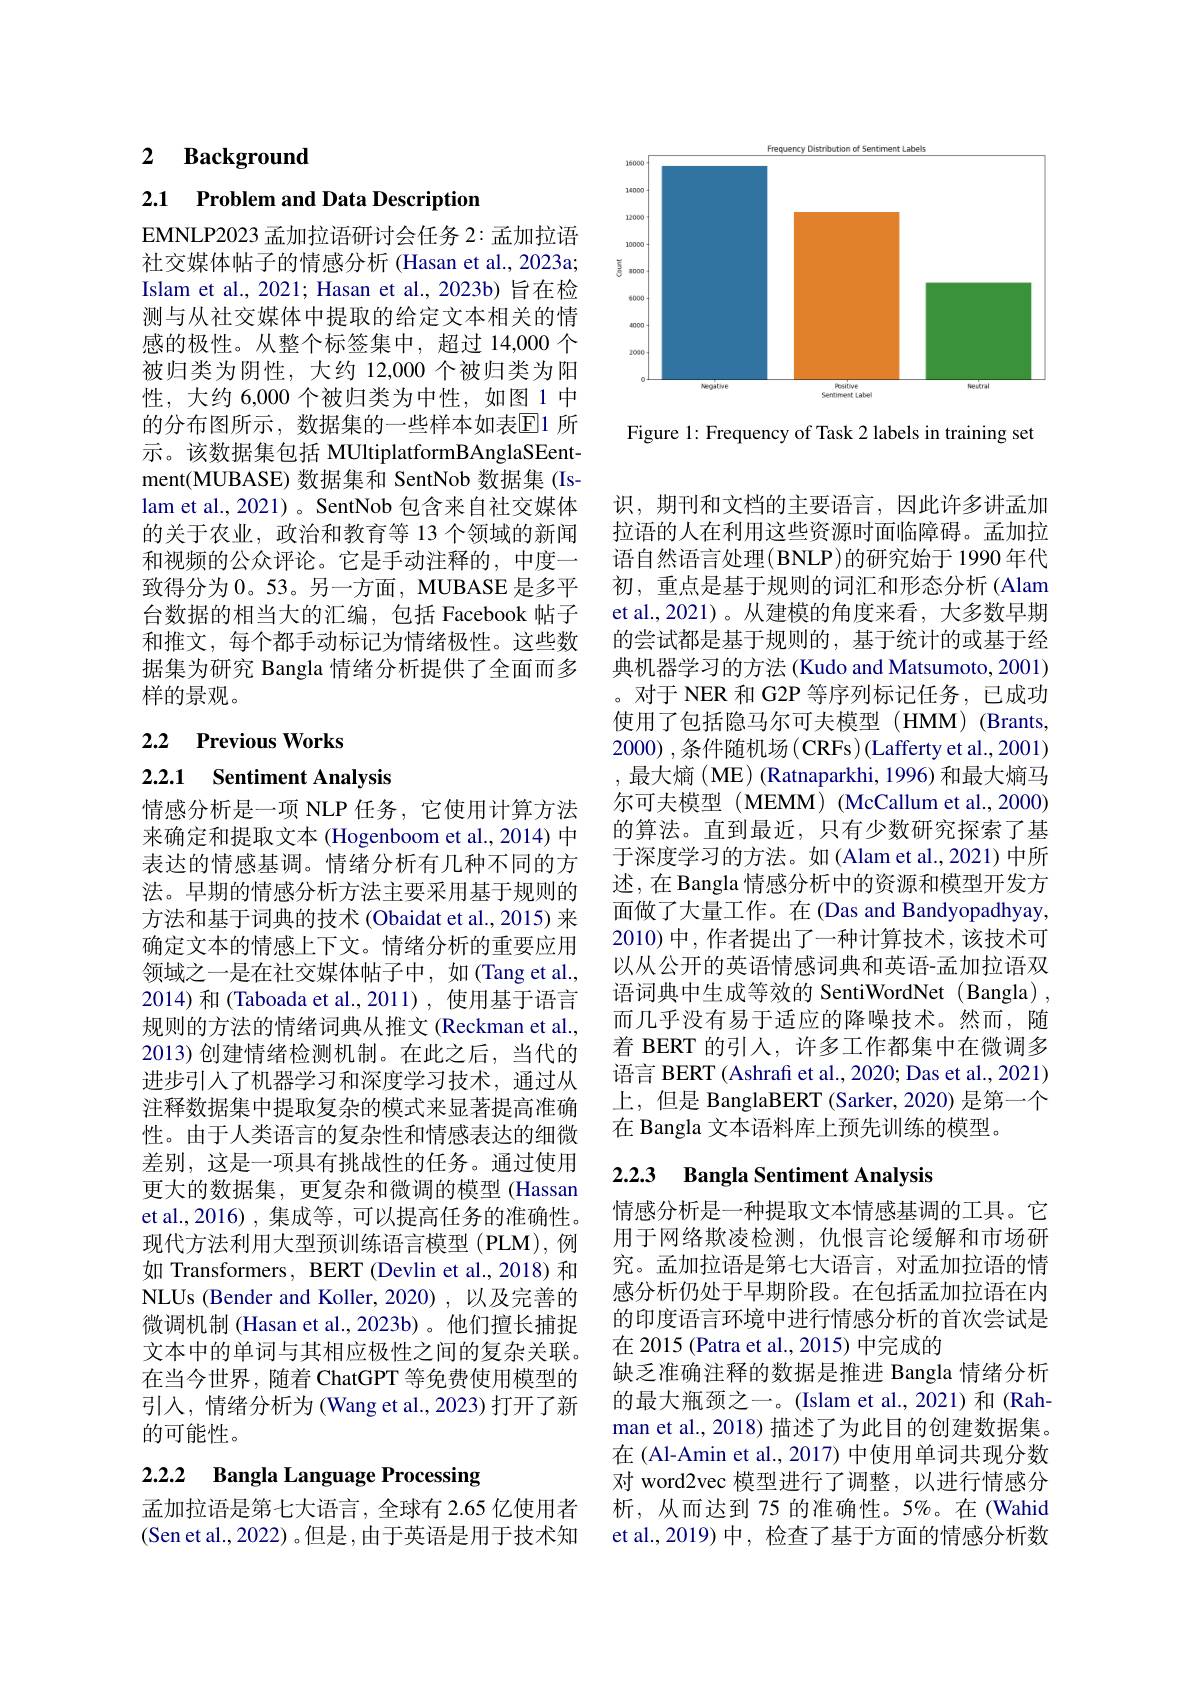
# 2 Background

2.1 Problem and Data Description

EMNLP2023 孟加拉语研讨会任务 2: 孟加拉语社交媒体帖子的情感分析 (Hasan et al., 2023a; Islam et al., 2021; Hasan et al., 2023b) 旨在检测与从社交媒体中提取的给定文本相关的情感的极性。从整个标签集中，超过 14,000 个被归类为阴性，大约 12,000 个被归类为阳性，大约 6,000 个被归类为中性，如图 1 中的分布图所示，数据集的一些样本如表$\mathbb{E}$1 所示。该数据集包括 MUltiplatformBAnglaSEentment(MUBASE) 数据集和 SentNob 数据集 (Islam et al., 2021) 。SentNob 包含来自社交媒体的关于农业，政治和教育等 13 个领域的新闻和视频的公众评论。它是手动注释的，中度一致得分为0。53。另一方面，MUBASE 是多平台数据的相当大的汇编，包括 Facebook 帖子和推文，每个都手动标记为情绪极性。这些数据集为研究 Bangla 情绪分析提供了全面而多样的景观。

2.2 Previous Works

# 2.2.1 Sentiment Analysis

情感分析是一项 NLP 任务，它使用计算方法来确定和提取文本 (Hogenboom et al., 2014) 中表达的情感基调。情绪分析有几种不同的方法。早期的情感分析方法主要采用基于规则的方法和基于词典的技术 (Obaidat et al., 2015) 来确定文本的情感上下文。情绪分析的重要应用领域之一是在社交媒体帖子中，如(Tang et al., 2014)和(Taboada et al.,2011),使用基于语言规则的方法的情绪词典从推文 (Reckman et al., 2013)创建情绪检测机制。在此之后，当代的进步引入了机器学习和深度学习技术，通过从注释数据集中提取复杂的模式来显著提高准确性。由于人类语言的复杂性和情感表达的细微差别，这是一项具有挑战性的任务。通过使用更大的数据集，更复杂和微调的模型 (Hassan et al.,2016),集成等，可以提高任务的准确性。现代方法利用大型预训练语言模型(PLM),例如 Transformers, BERT (Devlin et al., 2018) 和NLUs (Bender and Koller, 2020) ,以及完善的微调机制(Hasan et al.,2023b)。他们擅长捕捉文本中的单词与其相应极性之间的复杂关联。在当今世界，随着 ChatGPT 等免费使用模型的引入，情绪分析为(Wang et al.,2023)打开了新的可能性。

# 2.2.2 Bangla Language Processing

孟加拉语是第七大语言，全球有 2.65 亿使用者(Sen et al., 2022)。但是，由于英语是用于技术知

<FigureHere>

Figure 1: Frequency of Task 2 labels in training set

识，期刊和文档的主要语言，因此许多讲孟加拉语的人在利用这些资源时面临障碍。孟加拉语自然语言处理(BNLP)的研究始于 1990 年代初，重点是基于规则的词汇和形态分析 (Alam et al.,2021)。从建模的角度来看，大多数早期的尝试都是基于规则的，基于统计的或基于经典机器学习的方法 (Kudo and Matsumoto, 2001) 。对于 NER 和 G2P 等序列标记任务，已成功使用了包括隐马尔可夫模型(HMM)(Brants, 2000),条件随机场$\left(\mathrm{CRFs}\right)($Lafferty et al.,2001) ,最大熵 (ME) (Ratnaparkhi, 1996) 和最大熵马尔可夫模型(MEMM)(McCallum et al.,2000) 的算法。直到最近，只有少数研究探索了基于深度学习的方法。如(Alam et al., 2021)中所述，在 Bangla 情感分析中的资源和模型开发方面做了大量工作。在(Das and Bandyopadhyay, 2010)中，作者提出了一种计算技术，该技术可以从公开的英语情感词典和英语-孟加拉语双语词典中生成等效的 SentiWordNet (Bangla) , 而几乎没有易于适应的降噪技术。然而，随着 BERT 的引人，许多工作都集中在微调多语言 BERT (Ashrafi et al., 2020; Das et al., 2021) 上，但是 BanglaBERT (Sarker, 2020) 是第一个在 Bangla 文本语料库上预先训练的模型。

## 2.2.3 Bangla Sentiment Analysis

情感分析是一种提取文本情感基调的工具。它用于网络欺凌检测，仇恨言论缓解和市场研究。孟加拉语是第七大语言，对孟加拉语的情感分析仍处于早期阶段。在包括孟加拉语在内的印度语言环境中进行情感分析的首次尝试是在 2015 (Patra et al., 2015) 中完成的
缺乏准确注释的数据是推进 Bangla 情绪分析的最大瓶颈之一。(Islam et al.,2021) 和(Rahman et al., 2018) 描述了为此目的创建数据集。在 (Al-Amin et al., 2017) 中使用单词共现分数对 word2vec 模型进行了调整，以进行情感分析，从而达到 75 的准确性。5%。在(Wahid et al.,2019)中，检查了基于方面的情感分析数